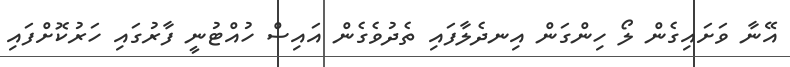
އޭނާ ވަށައިގެން ލޯ ހިންގަން އިނދެލާފައި ތެދުވެގެން އައިސް ހުއްޓުނީ ފާރުގައި ހަރުކޮށްފައި